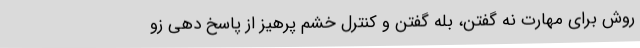
روش برای مهارت نه گفتن، بله گفتن و کنترل خشم پرهیز از پاسخ دهی زو